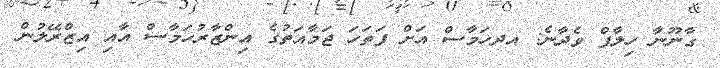
ގާނޫނާ ހިލާފް ވެދާނެ: އދހަމާސް އަށް ފަތަހަ ޖަމާއަތުގެ އިންޒާރުހަމާސް އާއި އިޒްރޭލުން